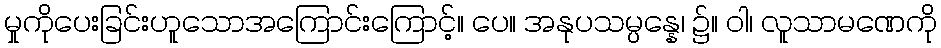
မှုကိုပေးခြင်းဟူသောအကြောင်းကြောင့်။ ပေ။ အနုပသမ္ပန္နေ၊ ၌။ ဝါ၊ လူသာမဏေကို